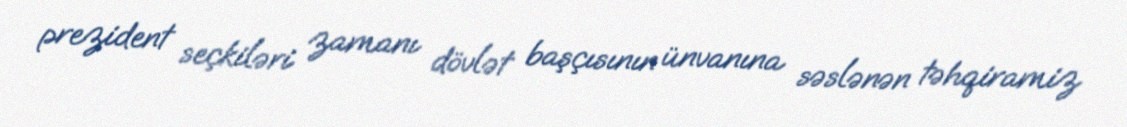
prezident seçkiləri zamanı dövlət başçısının ünvanına səslənən təhqiramiz